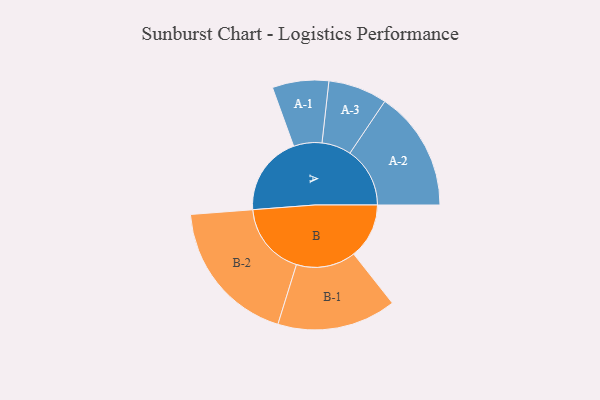
{"axis": {"x": "Segment", "y": "Value"}, "legend": ["", "A", "B"], "data": [{"x": "A", "y": 308, "type": ""}, {"x": "B", "y": 214, "type": ""}, {"x": "A-1", "y": 109, "type": "A"}, {"x": "A-2", "y": 232, "type": "A"}, {"x": "A-3", "y": 114, "type": "A"}, {"x": "B-1", "y": 230, "type": "B"}, {"x": "B-2", "y": 283, "type": "B"}]}